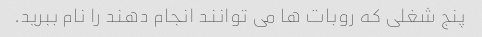
پنج شغلی که روبات ها می توانند انجام دهند را نام ببرید.